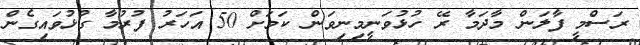
ރަސްމީ ފާލަން މާދަމާ ރޭ ހުޅުވަނީމިނިވަން ކަމަށް 50 އަހަރު ފުރުމާ ގުޅުވައިގެން